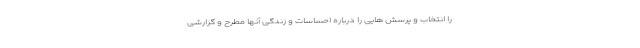
را انتخاب و پرسش هایی را درباره احساسات و زندگی آنها مطرح و گزارشی